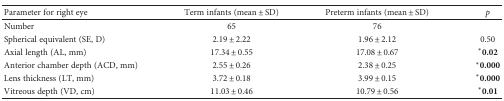
| Parameter for right eye | Term infants (mean ± SD) | Preterm infants (mean ± SD) | p |
 | --- | --- | --- | --- |
 | Number | 65 | 76 |  |
 | Spherical equivalent (SE, D) | 2.19 ± 2.22 | 1.96 ± 2.12 | 0.50 |
 | Axial length (AL, mm) | 17.34 ± 0.55 | 17.08 ± 0.67 | ∗0.02 |
 | Anterior chamber depth (ACD, mm) | 2.55 ± 0.26 | 2.38 ± 0.25 | ∗0.000 |
 | Lens thickness (LT, mm) | 3.72 ± 0.18 | 3.99 ± 0.15 | ∗0.000 |
 | Vitreous depth (VD, cm) | 11.03 ± 0.46 | 10.79 ± 0.56 | ∗0.01 |